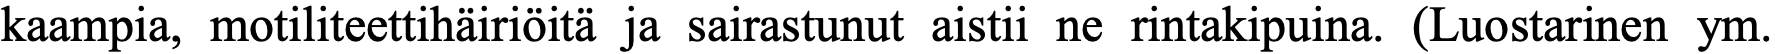
kaampia, motiliteettihäiriöitä ja sairastunut aistii ne rintakipuina. (Luostarinen ym.